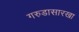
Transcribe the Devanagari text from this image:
गरुडासारखा